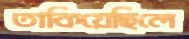
তাকিয়েছিলে